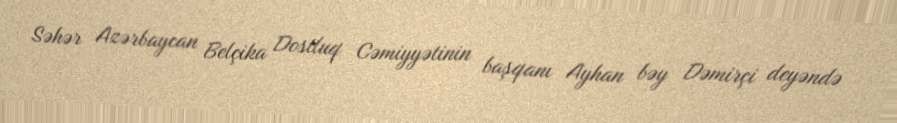
Səhər Azərbaycan Belçika Dostluq Cəmiyyətinin başqanı Ayhan bəy Dəmirçi deyəndə